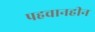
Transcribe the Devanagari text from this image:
पहचानहीन